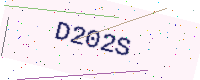
Text: D202S